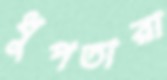
ধুপতারা